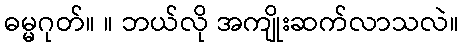
ဓမ္မဂုတ်။ ။ ဘယ်လို အကျိုးဆက်လာသလဲ။